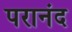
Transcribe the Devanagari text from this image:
परानंद